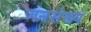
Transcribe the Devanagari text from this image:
जनसंख्य